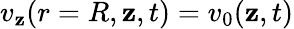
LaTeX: v_{\mathbf{z}}(r=R,\mathbf{z},t)=v_{0}(\mathbf{z},t)